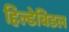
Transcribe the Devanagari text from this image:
हिल्डेबिडल